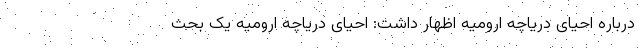
درباره احیای دریاچه ارومیه اظهار داشت: احیای دریاچه ارومیه یک بحث